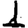
Digit: 1